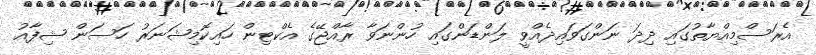
އެރަސްމިއްޔާތުގައި ދިދަ ނަންގަވައިދެއްވީ ލަންޑަންގައި ހުންނަވާ ރާއްޖޭގެ އެކްޓިން ހައިކޮމިޝަނަރު ހަސަން ޝިފާއު